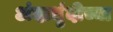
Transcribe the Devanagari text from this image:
अंदाधुंदीच्या